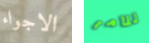
الاجواء للامر